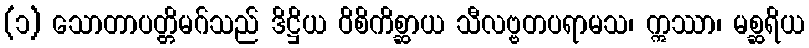
(၁) သောတာပတ္တိမဂ်သည် ဒိဋ္ဌိယ ဝိစိကိစ္ဆာယ သီလဗ္ဗတပရာမသ၊ ဣဿာ၊ မစ္ဆရိယ